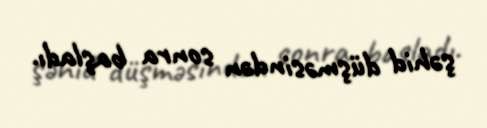
şəhid düşməsindən sonra başladı.